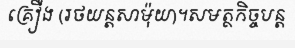
គ្រឿង (រថយន្តសាម៉ុយ)។សមត្ថកិច្ចបន្ត